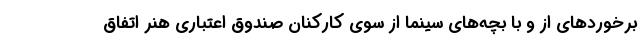
برخوردهای از و با بچه‌های سینما از سوی کارکنان صندوق اعتباری هنر اتفاق